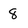
Character: 8